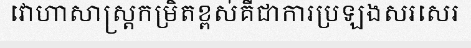
វោហាសាស្ត្រកម្រិតខ្ពស់គឺជាការប្រឡងសរសេរ